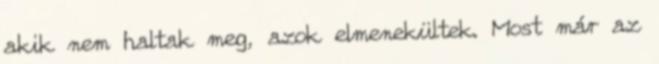
akik nem haltak meg, azok elmenekültek. Most már az